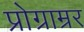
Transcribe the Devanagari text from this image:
प्रोग्राम्रर